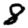
Digit: 8